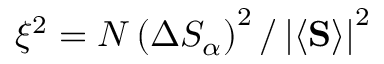
\ensuremath { \xi ^ { 2 } } = N \left( \Delta S _ { \alpha } \right) ^ { 2 } / \left\lvert \left\langle \ensuremath { \mathbf { S } } \right\rangle \right\rvert ^ { 2 }